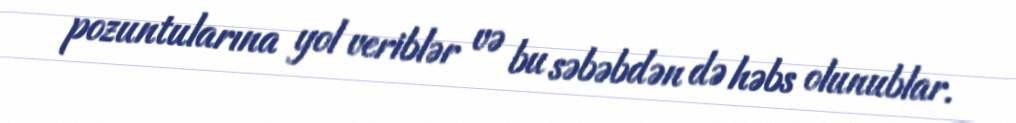
pozuntularına yol veriblər və bu səbəbdən də həbs olunublar.